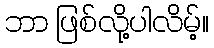
ဘာ ဖြစ်လို့ပါလိမ့်။